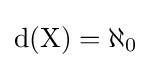
{\rm {{d}(X)=\aleph _{0}}}